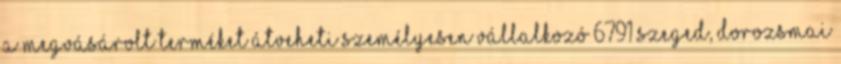
a megvásárolt terméket átveheti személyesen Vállalkozó 6791 Szeged, Dorozsmai